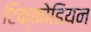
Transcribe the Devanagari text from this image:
टिक्कोडियन